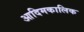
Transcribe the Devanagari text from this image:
आदिमकालिक